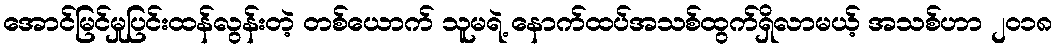
အောင်မြင်မှုပြင်းထန်လွန်းတဲ့ တစ်ယောက် သူမရဲ့ နောက်ထပ်အသစ်ထွက်ရှိလာမယ့် အသစ်ဟာ ၂၀၁၈